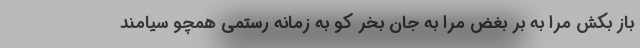
باز بکش مرا به بر بغض مرا به جان بخر کو به زمانه رستمی همچو سیامند